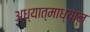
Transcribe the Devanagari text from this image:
अध्यात्माध्यान